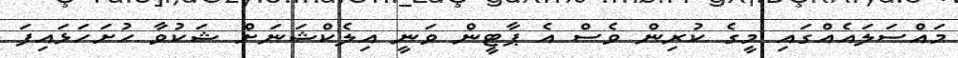
މައްސަލައެއްގައި މީގެ ކުރިން ވެސް އެ ޕާޓީން ވަނީ އިލެކްޝަނަށް ޝަކުވާ ހުށަހަޅައިފަ